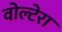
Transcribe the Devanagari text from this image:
वोल्टेरा